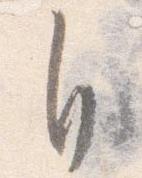
自